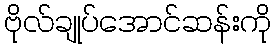
ဗိုလ်ချုပ်အောင်ဆန်းကို